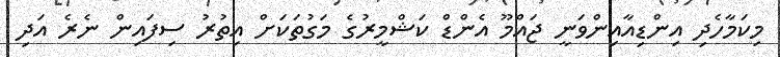
މިކަމާހެދި އިންޑިއާއިންވަނީ ޖައްމޫ އެންޑް ކަޝްމީރުގެ މަގުތަކަށް އިތުރު ސިފައިން ނެރެ އަދި